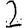
Digit: 2